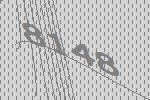
8148